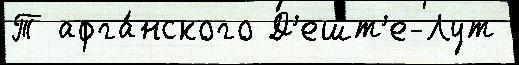
Т афга́нского Д'ешт'е-Лут